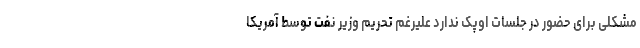
مشکلی برای حضور در جلسات اوپک ندارد علیرغم تحریم وزیر نفت توسط آمریکا